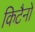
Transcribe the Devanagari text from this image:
किटैनो